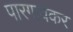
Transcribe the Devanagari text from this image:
पारगावकर